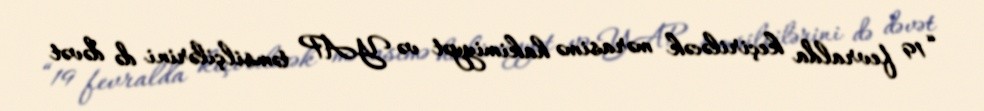
“19 fevralda keçiriləcək mərasimə hakimiyyət və YAP təmsilçilərini də dəvət